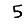
Digit: 5